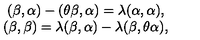
\begin{array} { c } { ( \beta , \alpha ) - ( \theta \beta , \alpha ) = \lambda ( \alpha , \alpha ) , } \\ { ( \beta , \beta ) = \lambda ( \beta , \alpha ) - \lambda ( \beta , \theta \alpha ) , } \\ \end{array}